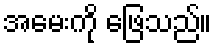
အမေးကို ဖြေသည်။